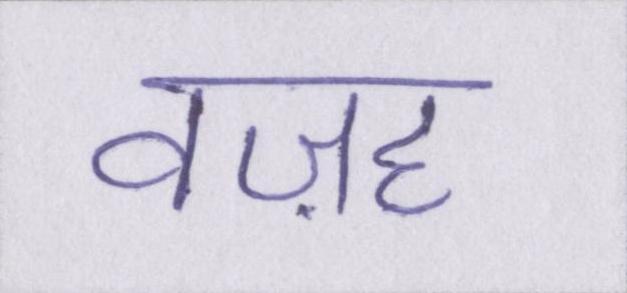
वज़ह